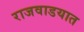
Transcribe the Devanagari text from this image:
राजवाडयात